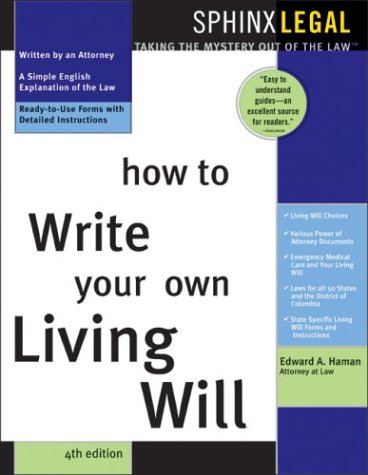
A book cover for How to Write Your Own Living Will; Edward A. Haman; Law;